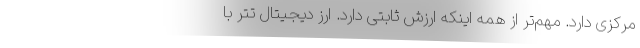
مرکزی دارد. مهم‌تر از همه اینکه ارزش ثابتی دارد. ارز دیجیتال تتر با